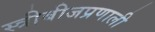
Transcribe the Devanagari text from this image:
स्त्रीबीजप्रणाली